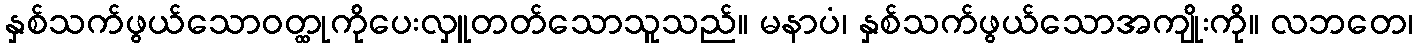
နှစ်သက်ဖွယ်သောဝတ္ထုကိုပေးလှူတတ်သောသူသည်။ မနာပံ၊ နှစ်သက်ဖွယ်သောအကျိုးကို။ လဘတေ၊